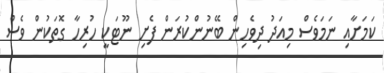
ކަމަށާއި ނަމަވެސް މިއަދު ދިވެހިން ބޭނުންކުރަން ފެށި ނޫޓަކީ ހުރިހާ ގޮތަކުން ވެސް